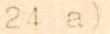
24 a)